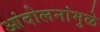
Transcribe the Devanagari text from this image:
आंदोलनांमुळे